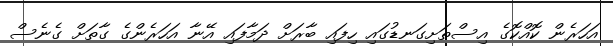
އަހަރެން ކޮއްކޮގެ އިސްތަށިގަނޑުގައި ހިފައި ބާރަށް ދަމާފައި އޭނާ އަހަރެންގެ ގާތަށް ގެނެސް